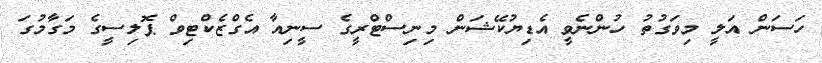
ހަސަން އަލީ މިވަގުތު ހުންނެވީ އެޑިޔުކޭޝަން މިނިސްޓްރީގެ ސީނިއާ އެގްޒެކްޓިވް ޕޮލިސީގެ މަގާމުގަ